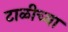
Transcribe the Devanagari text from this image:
टाळीच्या